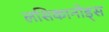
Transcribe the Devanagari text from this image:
लसिकानोड्स